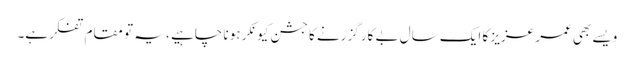
ویسے بھی عمر عزیز کا ایک سال بے کار گزرنے کا جشن کیونکر ہو نا چاہیے ، یہ تو مقام تفکر ہے۔